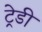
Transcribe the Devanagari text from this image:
ट्रेडी